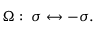
\Omega : \; \sigma \leftrightarrow - \sigma .